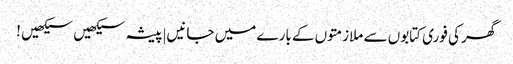
گھر کی فوری کتابوں سے ملازمتوں کے بارے میں جانیں|پیشہ سیکھیں سیکھیں !